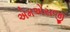
એમએસજી